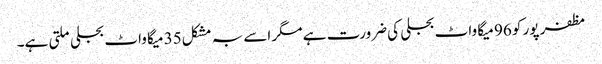
مظفر پور کو 96 میگا واٹ بجلی کی ضرورت ہے مگر اسے بہ مشکل35 میگا واٹ بجلی ملتی ہے۔